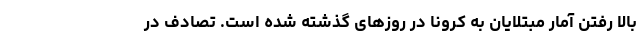
بالا رفتن آمار مبتلایان به کرونا در روز‌های گذشته شده است. تصادف در